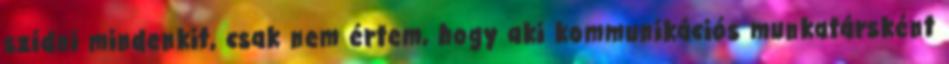
szídni mindenkit, csak nem értem, hogy aki kommunikációs munkatársként